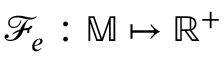
\mathcal { F } _ { e } : \mathbb { M } \mapsto \mathbb { R } ^ { + }